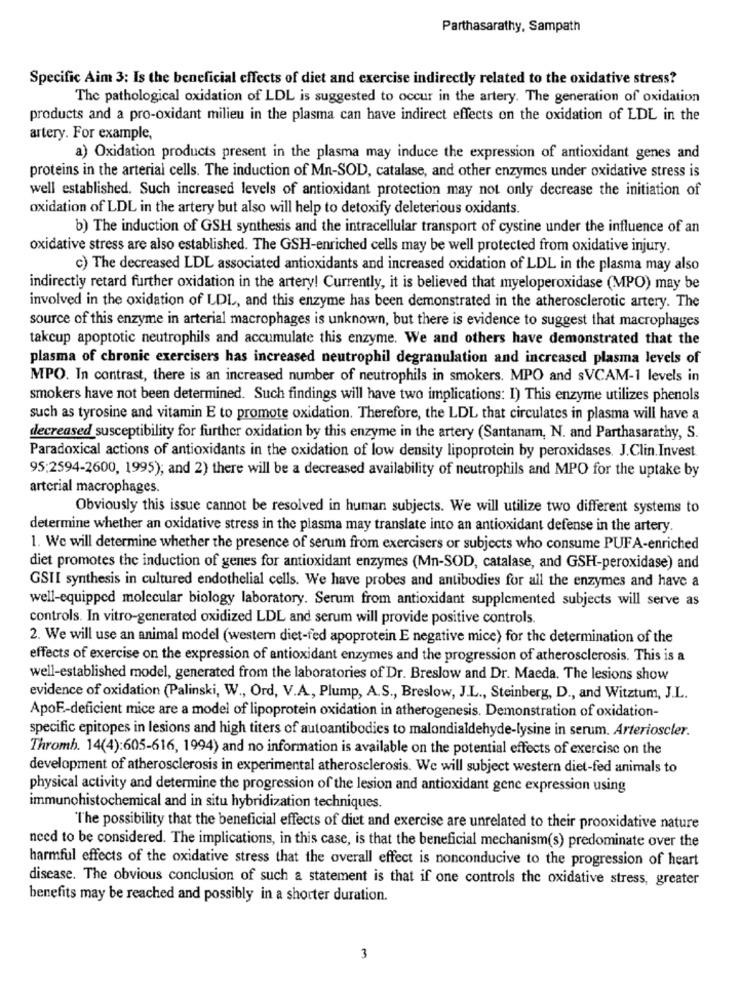
Parthasarathy, Sampath
Specific Aim 3: Is the beneficial effects of diet and exercise indirectly related to the oxidative stress?
The pathological oxidation of LDL is suggested to occur in the artery. The generation of oxidation
products and a pro-oxidant milieu in the plasma can have indirect effects on the oxidation of LDL in the
artery. For example,
a) Oxidation products present in the plasma may induce the expression of antioxidant genes and
proteins in the arterial cells. The induction of Mn-SOD, catalase, and other enzymes under oxidative stress is
well established. Such increased levels of antioxidant protection may not only decrease the initiation of
oxidation of LDL in the artery but also will help to detoxify deleterious oxidants.
b) The induction of GSH synthesis and the intracellular transport of cystine under the influence of an
oxidative stress are also established. The GSH-enriched cells may be well protected from oxidative injury.
c) The decreased LDL associated antioxidants and increased oxidation of LDL in the plasma may also
indirectly retard further oxidation in the artery! Currently, it is believed that myeloperoxidase (MPO) may be
involved in the oxidation of LDL, and this enzyme has been demonstrated in the atherosclerotic artery. The
source of this enzyme in arterial macrophages is unknown, but there is evidence to suggest that macrophages
takcup apoptotic neutrophils and accumulate this enzyme. We and others have demonstrated that the
plasma of chronic exercisers has increased neutrophil degranulation and increased plasma levels of
MPO. In contrast, there is an increased number of neutrophils in smokers. MPO and sVCAM-1 levels in
smokers have not been determined. Such findings will have two implications: I) This enzyme utilizes phenols
such as tyrosine and vitamin E to promote oxidation. Therefore, the LDL that circulates in plasma will have a
decreased susceptibility for further oxidation by this enzyme in the artery (Santanam, N. and Parthasarathy, S.
Paradoxical actions of antioxidants in the oxidation of low density lipoprotein by peroxidases. J.Clin.Invest
95:2594-2600, 1995); and 2) there will be a decreased availability of neutrophils and MPO for the uptake by
arterial macrophages.
Obviously this issue cannot be resolved in human subjects. We will utilize two different systems to
determine whether an oxidative stress in the plasma may translate into an antioxidant defense in the artery.
1. We will determine whether the presence of serum from exercisers or subjects who consume PUFA-enriched
diet promotes the induction of genes for antioxidant enzymes (Mn-SOD, catalase, and GSH-peroxidase) and
GSII synthesis in cultured endothelial cells. We have probes and antibodies for all the enzymes and have a
well-equipped molecular biology laboratory. Serum from antioxidant supplemented subjects will serve as
controls. In vitro-generated oxidized LDL and serum will provide positive controls.
2. We will use an animal model (western diet-fed apoprotein E negative mice) for the determination of the
effects of exercise on the expression of antioxidant enzymes and the progression of atherosclerosis. This is a
well-established model, generated from the laboratories of Dr. Breslow and Dr. Maeda. The lesions show
evidence of oxidation (Palinski, W ., Ord, V.A, Plump, A.S ., Breslow, J.L ., Steinberg, D ., and Witztum, J.L.
ApoE-deficient mice are a model of lipoprotein oxidation in atherogenesis. Demonstration of oxidation-
specific epitopes in lesions and high titers of autoantibodies to malondialdehyde-lysine in serum. Arterioscler.
Thromb. 14(4):605-616, 1994) and no information is available on the potential effects of exercise on the
development of atherosclerosis in experimental atherosclerosis. We will subject western diet-fed animals to
physical activity and determine the progression of the lesion and antioxidant gene expression using
immunohistochemical and in situ hybridization techniques.
The possibility that the beneficial effects of diet and exercise are unrelated to their prooxidative nature
need to be considered. The implications, in this case, is that the beneficial mechanism(s) predominate over the
harmful effects of the oxidative stress that the overall effect is nonconducive to the progression of heart
disease. The obvious conclusion of such a statement is that if one controls the oxidative stress, greater
benefits may be reached and possibly in a shorter duration.
3